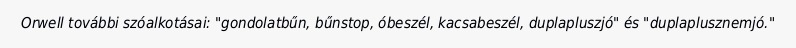
Orwell további szóalkotásai: "gondolatbűn, bűnstop, óbeszél, kacsabeszél, duplapluszjó" és "duplaplusznemjó."